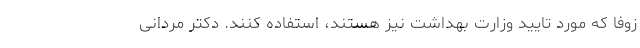
زوفا که مورد تایید وزارت بهداشت نیز هستند، استفاده کنند. دکتر مردانی